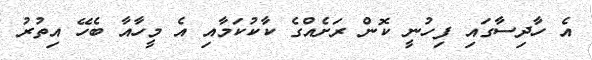
އެ ހާދިސާގައި ފިހުނީ ކޮން ރަށެއްގެ ކާކުކަމާއި އެ މީހާއާ ބެހޭ އިތުރު